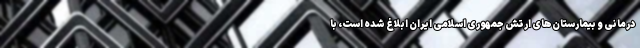
درمانی و بیمارستان‌های ارتش جمهوری اسلامی ایران ابلاغ شده است، با